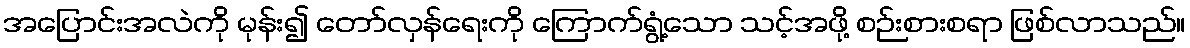
အပြောင်းအလဲကို မုန်း၍ တော်လှန်ရေးကို ကြောက်ရွံ့သော သင့်အဖို့ စဉ်းစားစရာ ဖြစ်လာသည်။